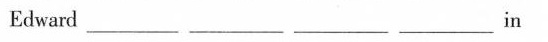
Edward ___ ___ ___ ___in